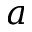
a